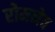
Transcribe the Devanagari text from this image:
रोमनेव